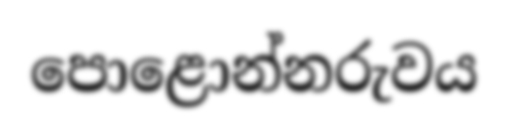
පොළොන්නරුවය